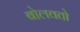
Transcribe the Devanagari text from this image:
बोलवतो